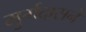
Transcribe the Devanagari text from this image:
मुर्गदासने